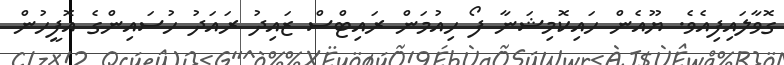
ގޮވާލައިފިއެވެ. ޔޫއެން ހައިކޮމިޝަނާ ފޯ ހިއުމަން ރައިޓްސް ޒައިދު ރައަދު ހުސައިންގެ އޮފީހުން